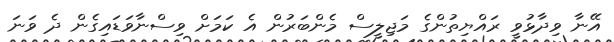
އޭނާ ވިދާޅުވީ ރައްޔިތުންގެ މަޖިލީސް މެންބަރުން އެ ކަމަށް ވިސްނާވަޑައިގެން ދެ ވަނަ